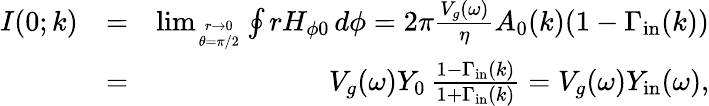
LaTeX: \begin{array}{rlr}{I(0;k)}&{=}&{\operatorname*{lim}_{r\to 0\atop\theta=\pi/2}\oint rH_{\phi 0}\, d\phi=2\pi\frac{V_{g}(\omega)}{\eta}A_{0}(k)(1-\Gamma_{\mathrm{in}}(k))}\\ &{=}&{V_{g}(\omega)Y_{0}\, \frac{1-\Gamma_{\mathrm{in}}(k)}{1+\Gamma_{\mathrm{in}}(k)}=V_{g}(\omega)Y_{\mathrm{in}}(\omega),}\end{array}